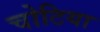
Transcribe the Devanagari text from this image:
चोटिया